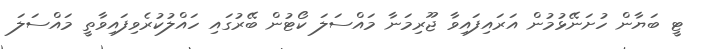
ޓީ ބަޔާން ހުށަނޭޅުމުން އަރައިފައިވާ ޖޫރިމަނާ މައްސަލަ ކޯޓުން ބޭރުގައި ހައްލުކުރެވިފައިވާތީ މައްސަލަ